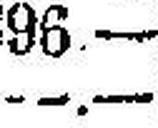
—.—